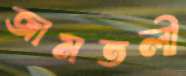
জামতলী